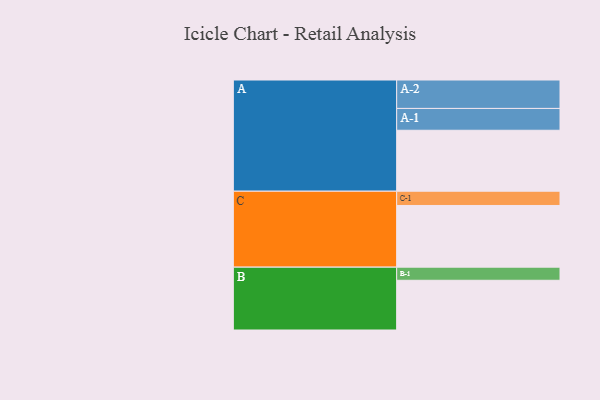
{"axis": {"x": "Segment", "y": "Value"}, "legend": ["", "A", "B", "C"], "data": [{"x": "A", "y": 581, "type": ""}, {"x": "B", "y": 474, "type": ""}, {"x": "C", "y": 588, "type": ""}, {"x": "A-1", "y": 208, "type": "A"}, {"x": "A-2", "y": 271, "type": "A"}, {"x": "B-1", "y": 125, "type": "B"}, {"x": "C-1", "y": 136, "type": "C"}]}